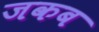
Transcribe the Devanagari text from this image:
जकब